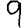
Digit: 9